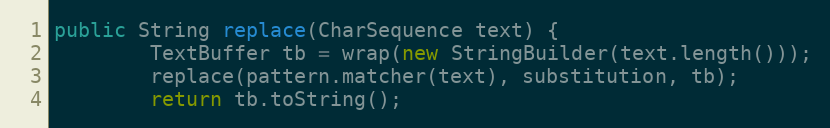
Language: Java
public String replace(CharSequence text) {
        TextBuffer tb = wrap(new StringBuilder(text.length()));
        replace(pattern.matcher(text), substitution, tb);
        return tb.toString();